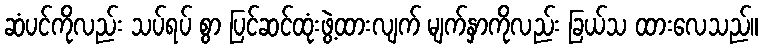
ဆံပင်ကိုလည်း သပ်ရပ် စွာ ပြင်ဆင်ထုံးဖွဲ့ထားလျက် မျက်နှာကိုလည်း ခြယ်သ ထားလေသည်။